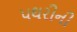
પથરીની